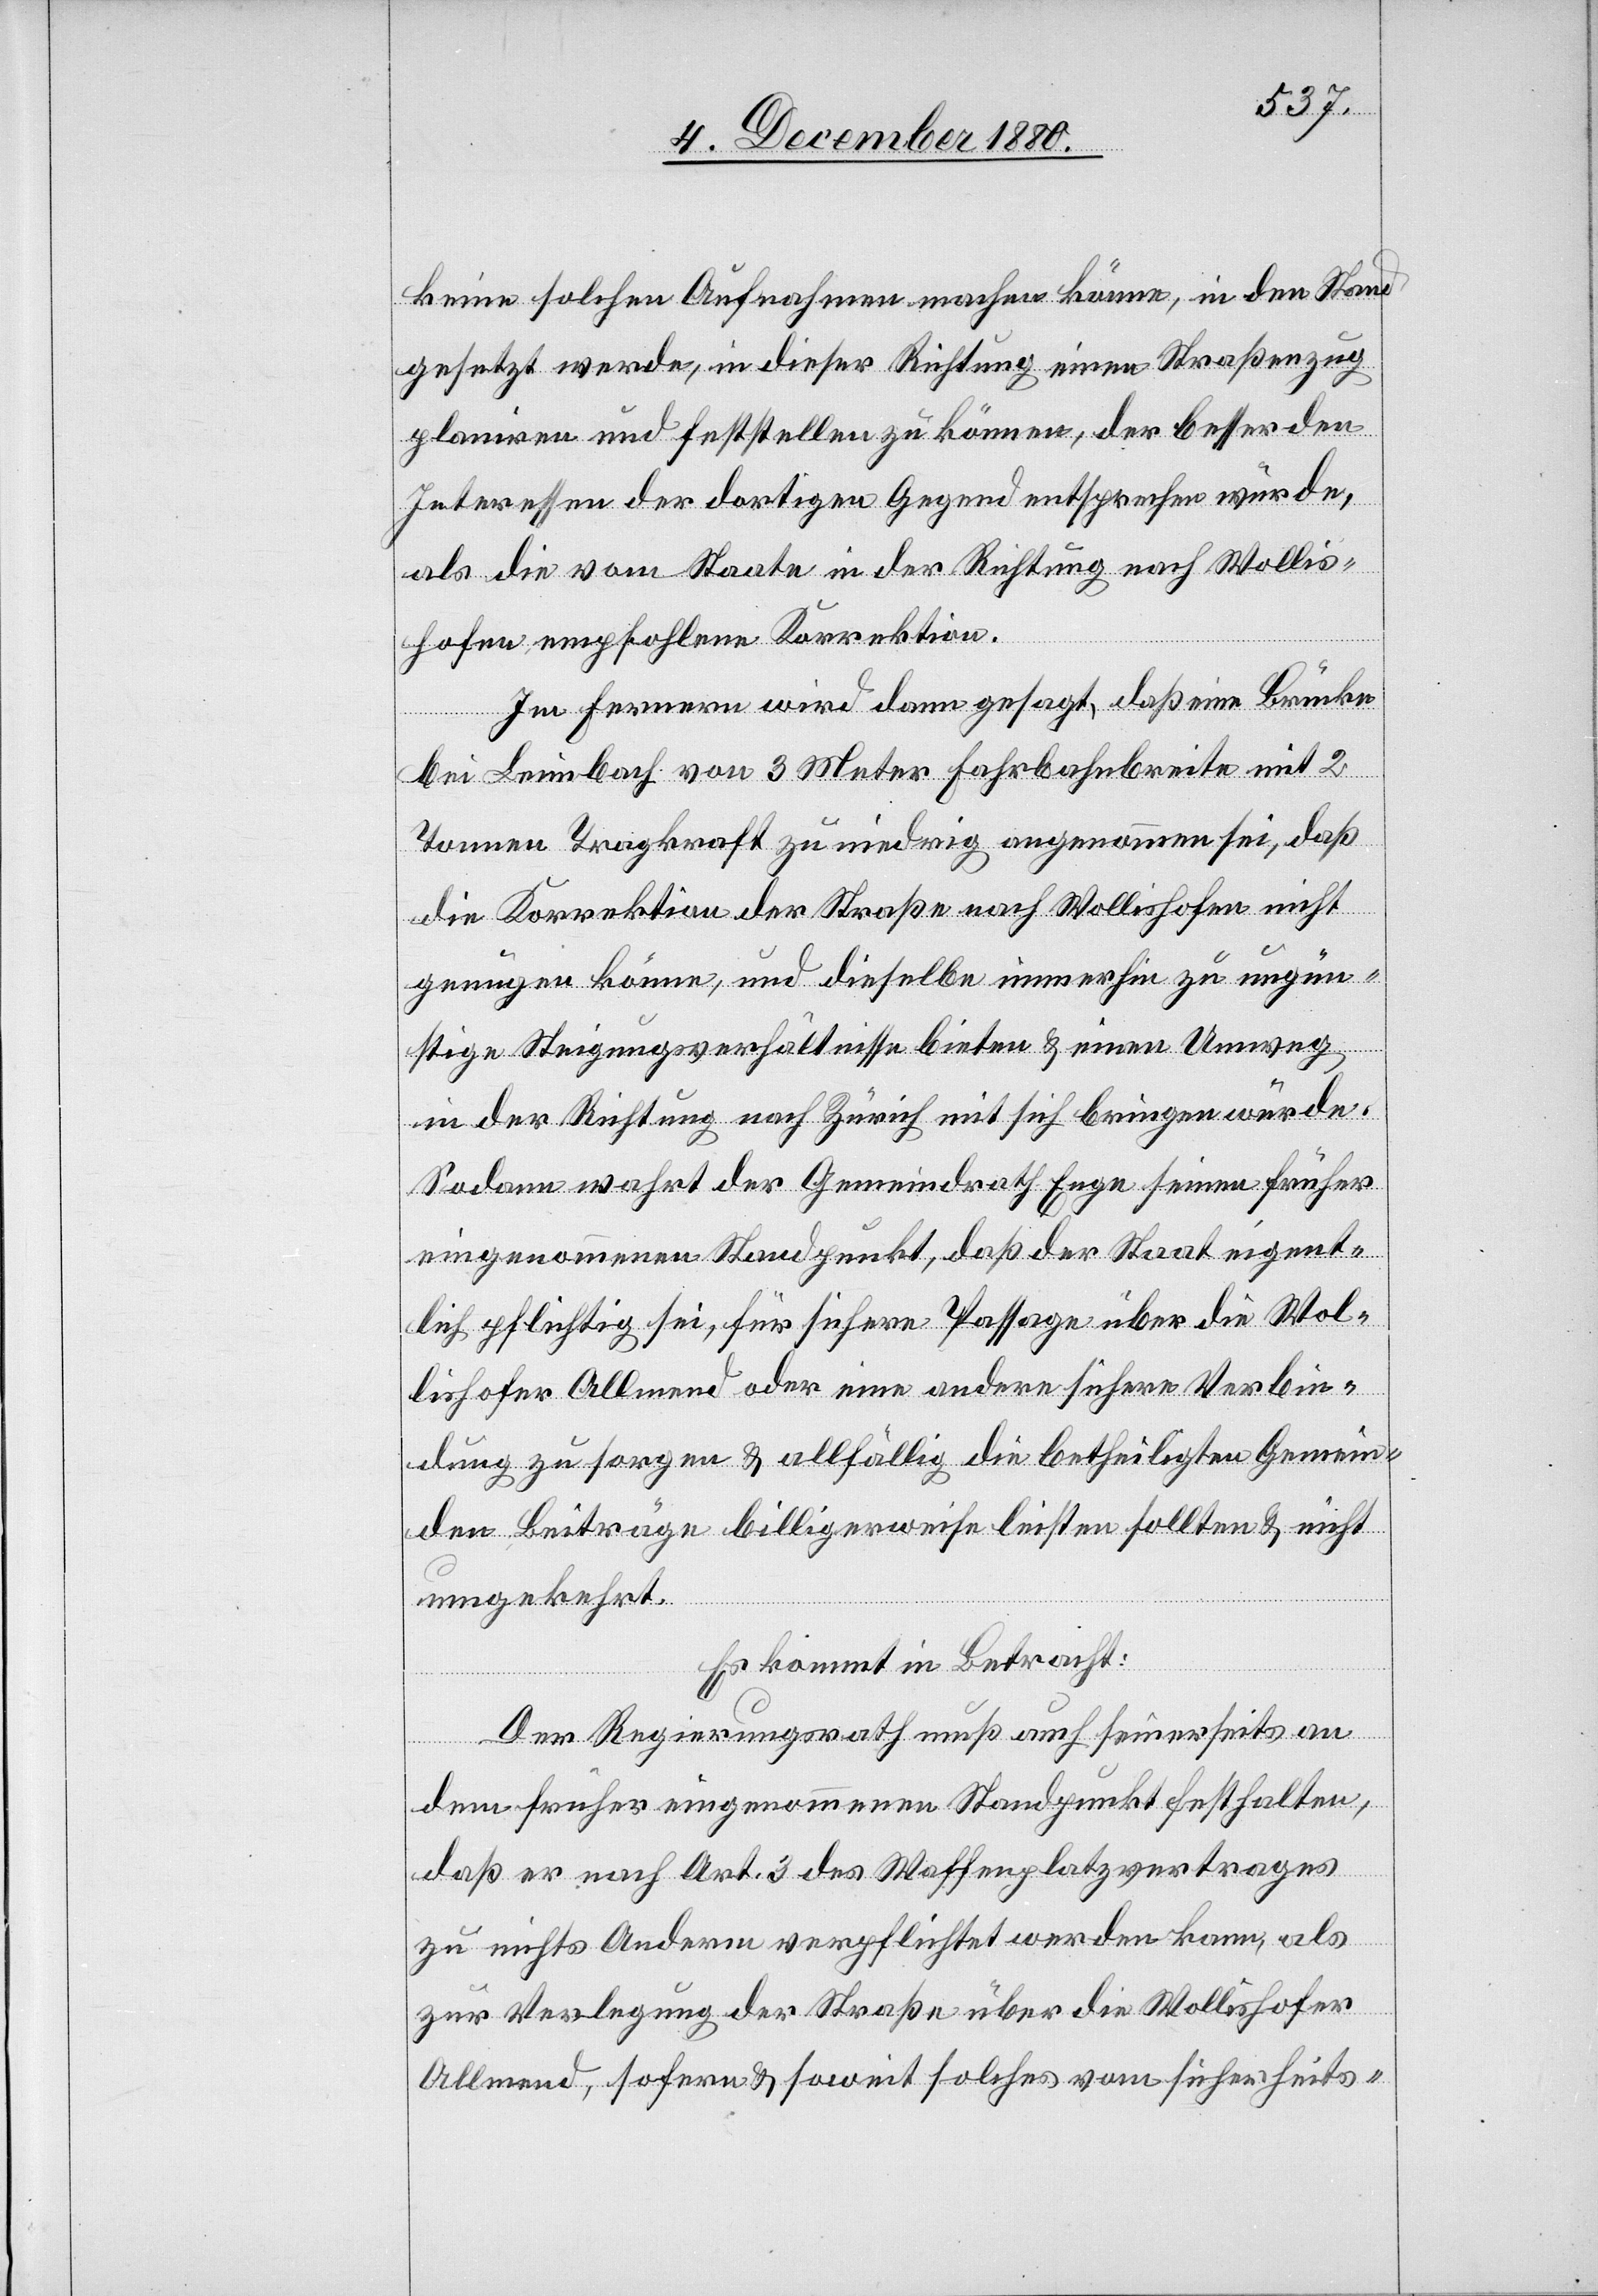
keine solchen Aufnahmen machen könne, in den Stand
gesetzt werde, in dieser Richtung einen Straßenzug
planiren und feststellen zu können, der besser den
Interessen der dortigen Gegend entsprechen würde,
als die vom Staate in der Richtung nach Wollis¬
hofen empfohlenen Korrektion.
Im Fernern wird dann gesagt, daß eine Brücke
bei Leimbach von 3 Meter Fahrbahnbreite mit 2
Tonnen Tragkraft zu niedrig angenommen sei, daß
die Korrektion der Straße nach Wollishofen nicht
genügen könne, und dieselbe immerhin zu ungün¬
stige Steigungsverhältnisse bieten & einen Umweg
in der Richtung nach Zürich mit sich bringen würde.
Sodann wahrt der Gemeindrath Enge seinen früher
eingenommenen Standpunkt, daß der Staat eigent¬
lich pflichtig sei, für sichere Passage über die Wol¬
lishofer Allmend oder eine andere sichere Verbin¬
dung zu sorgen & allfällig die betheiligen Gemein¬
den Beiträge billigerweise leisten sollten & nicht
umgekehrt.
Es kommt in Betracht:
Der Regierungsrath muß auch seinerseits an
dem früher eingenommenen Standpunkt festhalten,
daß er nach Art. 3 des Waffenplatzvertrages
zu nichts Anderm verpflichtet werden kann, als
zur Verlegung der Straße über die Wollishofer
Allmend, sofern & soweit solches vom sicherheits-